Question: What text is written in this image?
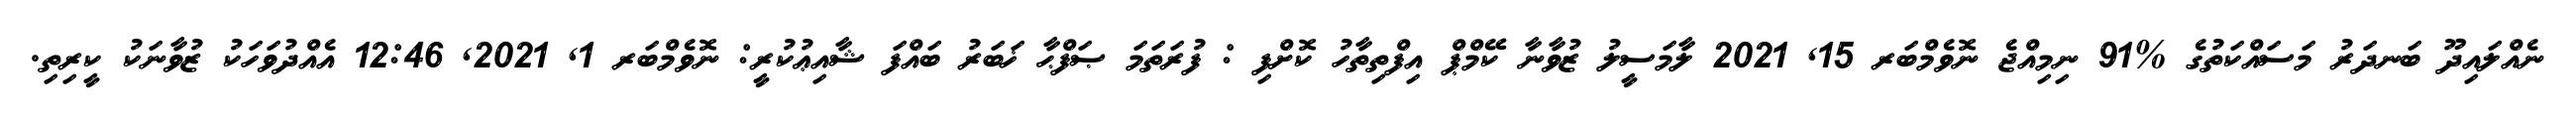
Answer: ނެއްލައިދޫ ބަނދަރު މަސައްކަތުގެ %91 ނިމިއްޖެ ނޮވެމްބަރ 15, 2021 ލާމަސީލު ޒުވާނާ ކޭމްޕް އިފްތިތާހު ކޮށްފި : ފުރަތަމަ ޞަފްޙާ ޚަބަރު ބައްފަ ޝާއިޢުކުރީ: ނޮވެމްބަރ 1, 2021, 12:46 އެއްދުވަހަކު ޒުވާނަކު ކީރިތި.